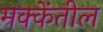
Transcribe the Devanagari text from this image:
मक्केंतील